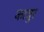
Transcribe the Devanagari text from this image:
कावुर